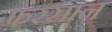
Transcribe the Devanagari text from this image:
फ़रसान